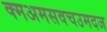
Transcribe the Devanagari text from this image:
क्मअमसवचउमदज